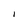
Character: I